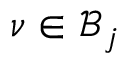
\nu \in \mathcal { B } _ { j }